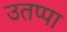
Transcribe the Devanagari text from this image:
उतप्पा